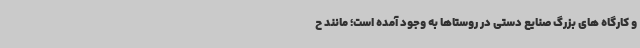
و کارگاه های بزرگ صنایع دستی در روستاها به وجود آمده است؛ مانند ح